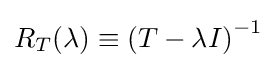
R_{T}(\lambda )\equiv \left(T-\lambda I\right)^{-1}